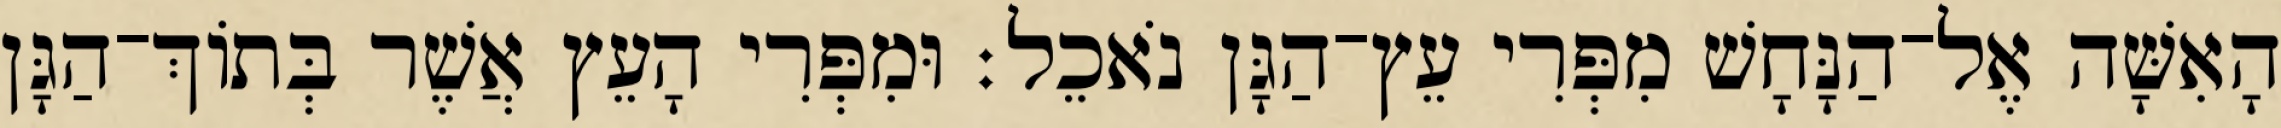
הָאִשָּׁה אֶל־הַנָּחָשׁ מִפְּרִי עֵץ־הַגָּן נֹאכֵל׃ וּמִפְּרִי הָעֵץ אֲשֶׁר בְּתֹוךְ־הַגָּן